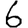
Digit: 6